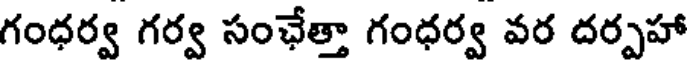
గంధర్వ గర్వ సంఛేత్తా గంధర్వ వర దర్పహా